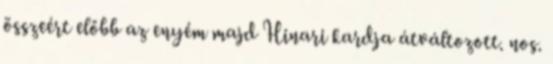
összeért előbb az enyém majd Hinari kardja átváltozott. nos.